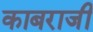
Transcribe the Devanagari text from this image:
काबराजी